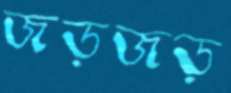
জড়জড়